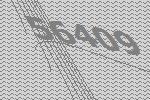
56409